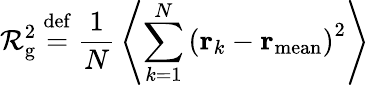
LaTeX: \mathcal{R}_{\mathrm{{g}}}^{2}\ {\stackrel{\mathrm{{def}}}{=}}\ {\frac{{1}}{{N}}}\left\langle\sum_{k=1}^{N}\left(\mathbf{{r}}_{k}-\mathbf{{r}}_{\mathrm{{mean}}}\right)^{2}\right\rangle